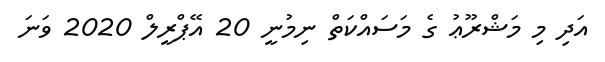
އަދި މި މަޝްރޫޢު ގެ މަސައްކަތް ނިމުނީ 20 އޭޕްރީލް 2020 ވަނަ